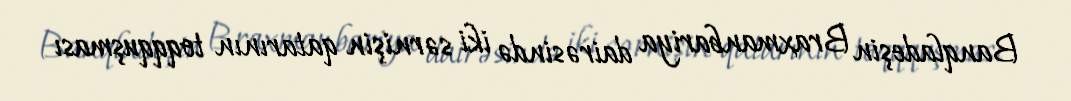
Banqladeşin Braxmanbariya dairəsində iki sərnişin qatarının toqqquşması